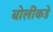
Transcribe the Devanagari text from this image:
बोलींकडे